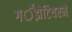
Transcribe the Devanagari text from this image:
गॕझेटियरने